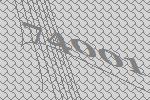
74001